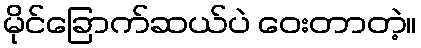
မိုင်ခြောက်ဆယ်ပဲ ဝေးတာတဲ့။